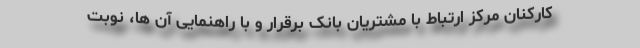
کارکنان مرکز ارتباط با مشتریان بانک برقرار و با راهنمایی آن ها، نوبت